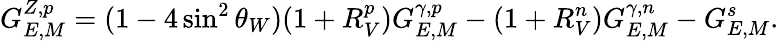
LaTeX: G_{E,M}^{Z,p}=(1-4\sin^{2}\theta_{W})(1+R_{V}^{p})G_{E,M}^{\gamma,p}-(1+R_{V}^{n})G_{E,M}^{\gamma,n}-G_{E,M}^{s}.